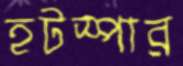
হটস্পার